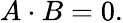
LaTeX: A\cdot B=0.